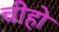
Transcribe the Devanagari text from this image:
चीहो